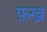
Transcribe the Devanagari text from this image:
फ़ख्र